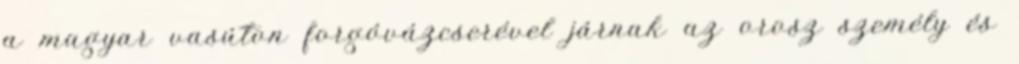
a magyar vasúton forgóvázcserével járnak az orosz személy és